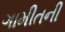
ગામીતની